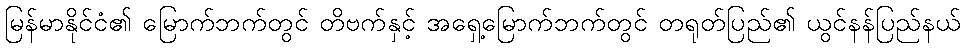
မြန်မာနိုင်ငံ၏ မြောက်ဘက်တွင် တိဗက်နှင့် အရှေ့မြောက်ဘက်တွင် တရုတ်ပြည်၏ ယွင်နန်ပြည်နယ်